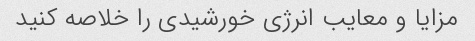
مزایا و معایب انرژی خورشیدی را خلاصه کنید